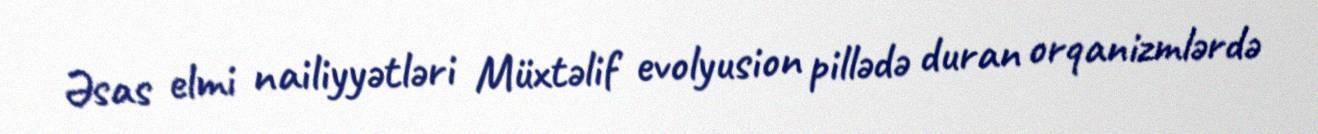
Əsas elmi nailiyyətləri Müxtəlif evolyusion pillədə duran orqanizmlərdə